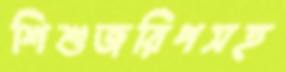
শিশুজরিপসহ